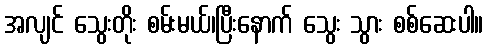
အလျင် သွေးတိုး စမ်းမယ်၊ပြီးနောက် သွေး သွား စစ်ဆေးပါ။